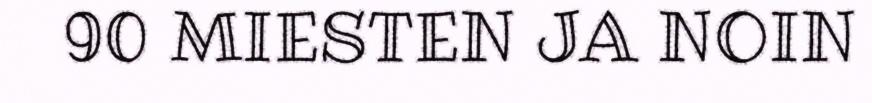
90 MIESTEN JA NOIN